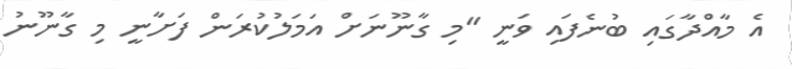
އެ މާއްދާގައި ބުނެފައި ވަނީ "މި ގާނޫނަށް އަމަލުކުރަން ފަށާނީ މި ގާނޫނު